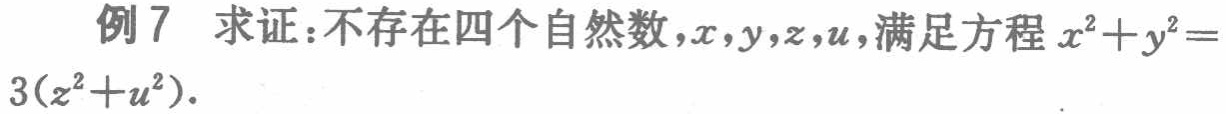
例7 求证：不存在四个自然数，\(x,y,z,u\)，满足方程 \(x^{2}+y^{2}=3(z^{2}+u^{2})\)。